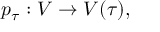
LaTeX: p _ { \tau } : V \to V ( \tau ) ,